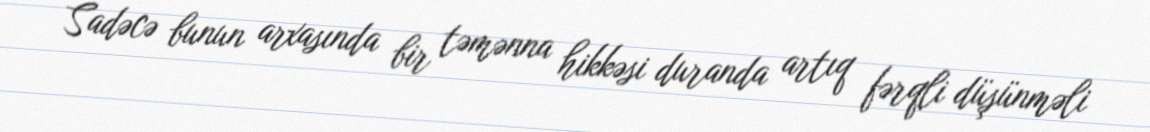
Sadəcə bunun arxasında bir təmənna hikkəsi duranda artıq fərqli düşünməli